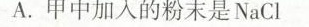
A.甲中加入的粉末是NaCl